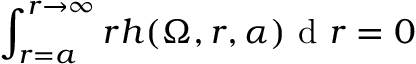
\int _ { r = a } ^ { r \to \infty } r h ( \Omega , r , \alpha ) \textrm { d } r = 0